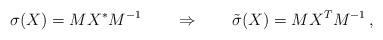
LaTeX: \begin{align*}\sigma (X) = M X^* M^{-1} \qquad \Rightarrow \qquad \tilde \sigma (X) = M X^T M^{-1} \, ,\end{align*}